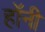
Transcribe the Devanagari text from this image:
हॉनी